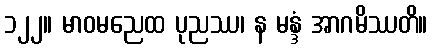
၁၂၂။ မာဝမညေထ ပုညဿ၊ န မန္ဒံ အာဂမိဿတိ။